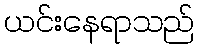
ယင်းနေရာသည်